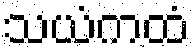
သယံကထံ